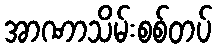
အာဏာသိမ်းစစ်တပ်